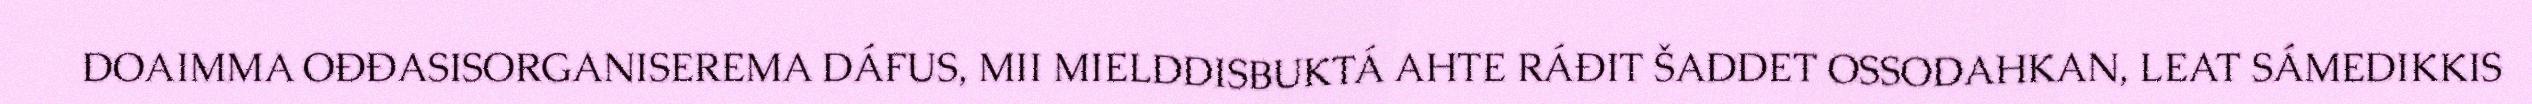
DOAIMMA OĐĐASISORGANISEREMA DÁFUS, MII MIELDDISBUKTÁ AHTE RÁĐIT ŠADDET OSSODAHKAN, LEAT SÁMEDIKKIS